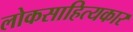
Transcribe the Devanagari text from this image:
लोकसाहित्यकार